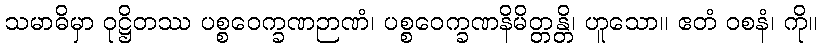
သမာဓိမှာ ဝုဋ္ဌိတဿ ပစ္စဝေက္ခဏဉာဏံ၊ ပစ္စဝေက္ခဏနိမိတ္တန္တိ၊ ဟူသော။ ဧတံ ဝစနံ၊ ကို။